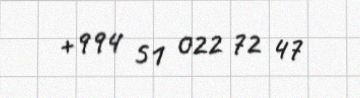
+994 51 022 72 47